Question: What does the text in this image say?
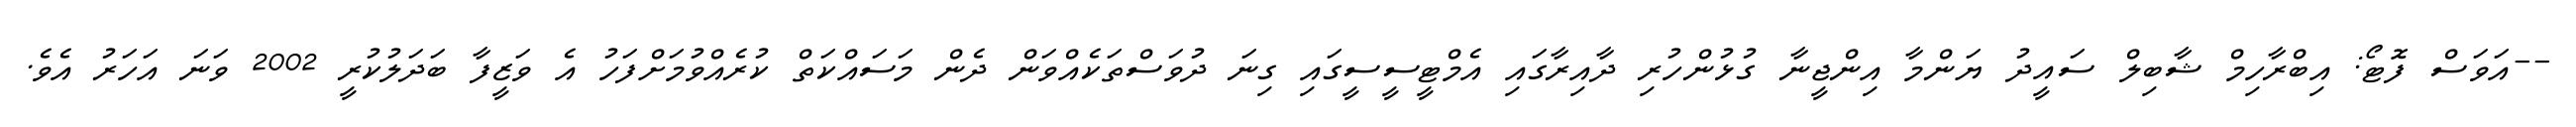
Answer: --އަވަސް ފޮޓޯ: އިބްރާހިމް ޝާބިލް ސައީދު ޔަންމާ އިންޖީނާ ގުޅުންހުރި ދާއިރާގައި އެމްޓީސީސީގައި ގިނަ ދުވަސްތަކެއްވަން ދެން މަސައްކަތް ކުރެއްވުމަށްފަހު އެ ވަޒީފާ ބަދަލުކުރީ 2002 ވަނަ އަހަރު އެވެ.